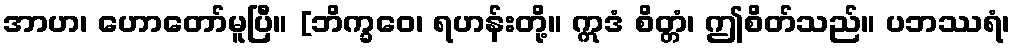
အာဟ၊ ဟောတော်မူပြီ။ [ဘိက္ခဝေ၊ ရဟန်းတို့။ ဣဒံ စိတ္တံ၊ ဤစိတ်သည်။ ပဘဿရံ၊